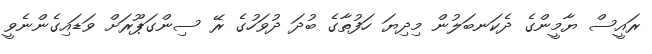
ރައީސް ޔާމީންގެ ދެކަނބަލުން މިދިޔަ ހަފުތާގެ ބުދަ ދުވަހުގެ ރޭ ސިންގަޕޫރަށް ވަޑައިގެންނެވީ